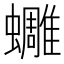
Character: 𧔿